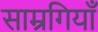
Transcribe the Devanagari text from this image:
साम्रगियाँ